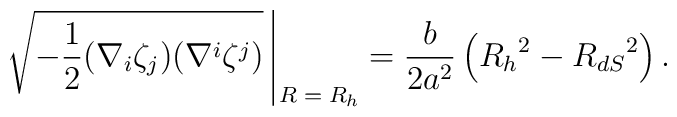
\sqrt{-{1\over 2}(\nabla_i\zeta_j)(\nabla^i\zeta^j)}\;\vline\,{\hbox{\raisebox{-2.5ex}{\scriptsize $R=R_h$}}}={b\over 2a^2}\left(R_h{}^2 - R_{dS}{}^2\right).